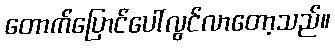
တောက်ပြောင်ပေါ်လွင်လာတော့သည်။